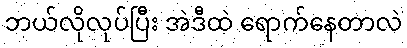
ဘယ်လိုလုပ်ပြီး အဲဒီထဲ ရောက်နေတာလဲ